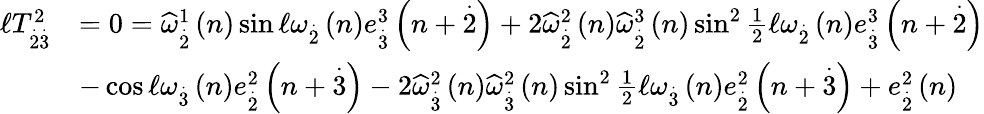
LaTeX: \begin{array}{rl}{\mathcal{\ell}T_{\overset{.}{2}\overset{.}{3}}^{2}}&{=0=\widehat{\omega}_{\overset{.}{2}}^{1}\left(n\right)\sin\mathcal{\ell}\omega_{\overset{.}{2}}\left(n\right)e_{\overset{.}{3}}^{3}\left(n+\overset{.}{2}\right)+2\widehat{\omega}_{\overset{.}{2}}^{2}\left(n\right)\widehat{\omega}_{\overset{.}{2}}^{3}\left(n\right)\sin^{2}\frac{1}{2}\mathcal{\ell}\omega_{\overset{.}{2}}\left(n\right)e_{\overset{.}{3}}^{3}\left(n+\overset{.}{2}\right)}\\ &{-\cos\mathcal{\ell}\omega_{\overset{.}{3}}\left(n\right)e_{\overset{.}{2}}^{2}\left(n+\overset{.}{3}\right)-2\widehat{\omega}_{\overset{.}{3}}^{2}\left(n\right)\widehat{\omega}_{\overset{.}{3}}^{2}\left(n\right)\sin^{2}\frac{1}{2}\mathcal{\ell}\omega_{\overset{.}{3}}\left(n\right)e_{\overset{.}{2}}^{2}\left(n+\overset{.}{3}\right)+e_{\overset{.}{2}}^{2}\left(n\right)}\end{array}